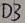
Text: D3